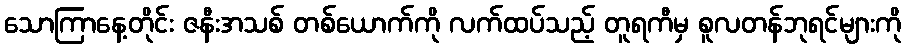
သောကြာနေ့တိုင်း ဇနီးအသစ် တစ်ယောက်ကို လက်ထပ်သည့် တူရကီမှ စူလတန်ဘုရင်များကို